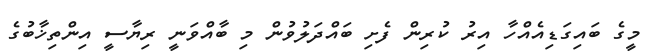
މީގެ ބައިގަޑިއެއްހާ އިރު ކުރިން ފެށި ބައްދަލުވުން މި ބާއްވަނީ ރިޔާސީ އިންތިޚާބުގެ